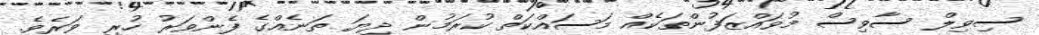
ސިވިލް ސާވިސް މުވައްޒަފުންތަކެއް މަސައްކަތް ކުރަމުން ދިޔަ ތަނެއްގެ ފެންވަރު ހުރި ވަރެވެ.